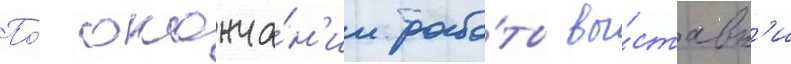
По́ оконча́н'ии рабо́ты вы́ставк'и